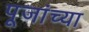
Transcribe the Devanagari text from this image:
पूजांच्या